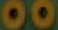
00